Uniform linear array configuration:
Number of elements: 16
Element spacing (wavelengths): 0.75
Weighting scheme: exponential
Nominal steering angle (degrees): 30
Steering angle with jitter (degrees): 30.035
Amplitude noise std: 0.05
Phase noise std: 0.05

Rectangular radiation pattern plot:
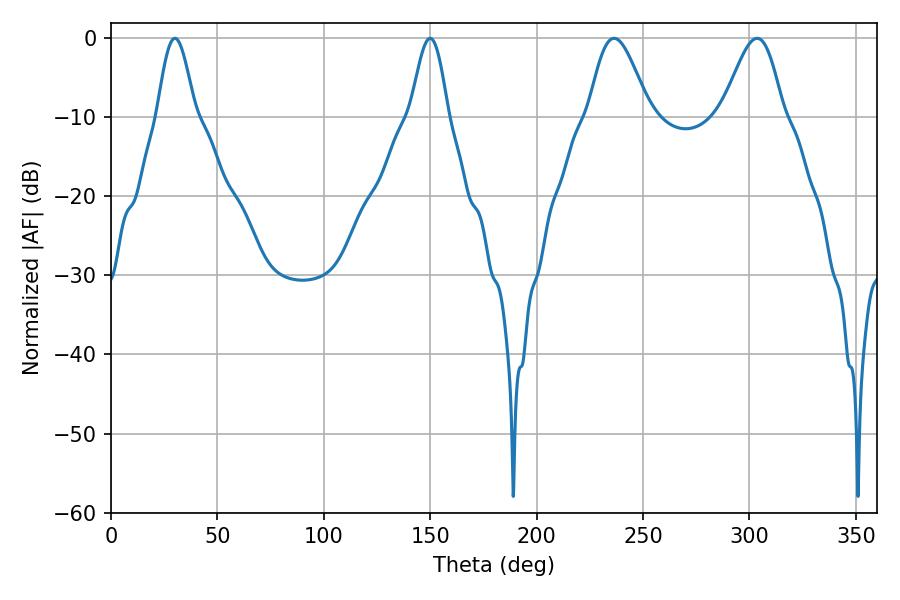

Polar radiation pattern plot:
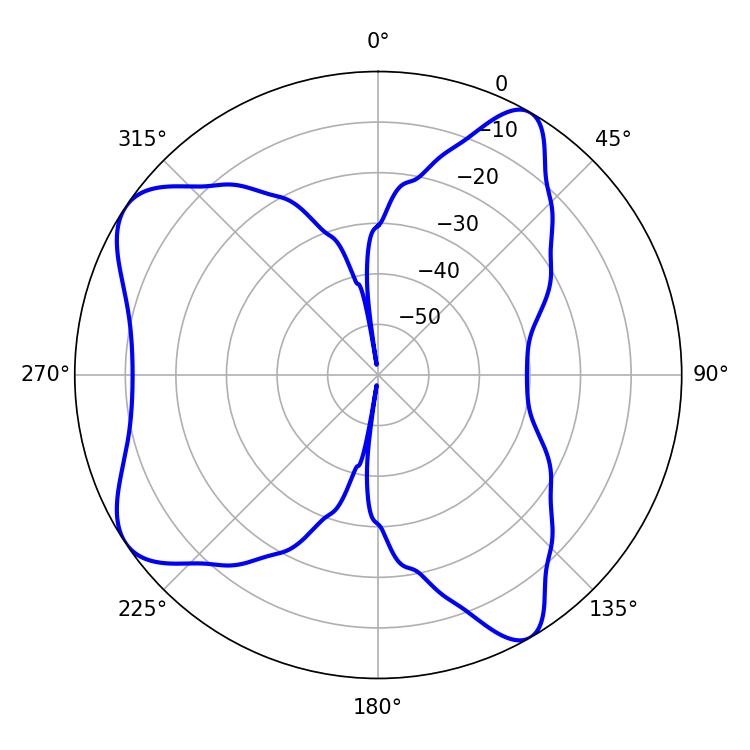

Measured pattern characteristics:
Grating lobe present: TRUE
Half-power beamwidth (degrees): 9.36
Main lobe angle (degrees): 30.06